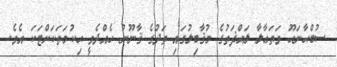
ސުބްޙާނަހޫ ވަތަޢާލާ ލައްޛަތުގެ މުޤާބިލުގައި ތަދުގެ ޤާނޫނު ހެއްދެވީ ޙިކުމަތަކަށްޓަކަ އެވެ.